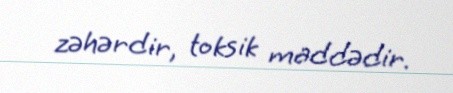
zəhərdir, toksik maddədir.